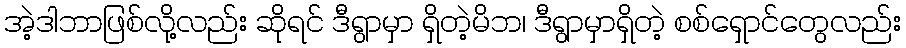
အဲ့ဒါဘာဖြစ်လို့လည်း ဆိုရင် ဒီရွာမှာ ရှိတဲ့မိဘ၊ ဒီရွာမှာရှိတဲ့ စစ်ရှောင်တွေလည်း